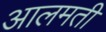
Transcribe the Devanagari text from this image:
आलमती